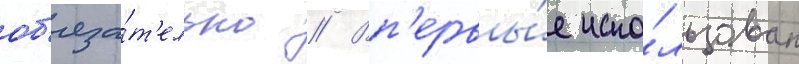
об'яза́т'ельно // Вп'ервы́е испо́льзован